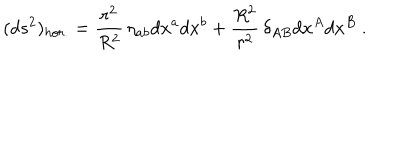
( d s ^ { 2 } ) _ { h o r . } = \frac { r ^ { 2 } } { R ^ { 2 } } \, \eta _ { a b } d x ^ { a } d x ^ { b } + \frac { R ^ { 2 } } { r ^ { 2 } } \, \delta _ { A B } d x ^ { A } d x ^ { B } \ .